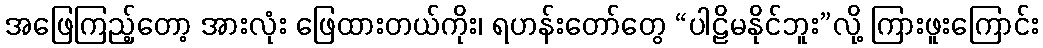
အဖြေကြည့်တော့ အားလုံး ဖြေထားတယ်ကိုး၊ ရဟန်းတော်တွေ “ပါဠိမနိုင်ဘူး”လို့ ကြားဖူးကြောင်း